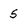
Character: 5